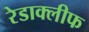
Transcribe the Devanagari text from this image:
रेडाक्लीफ